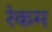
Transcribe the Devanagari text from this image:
रेकम